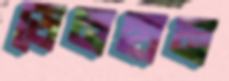
ডেনহাম